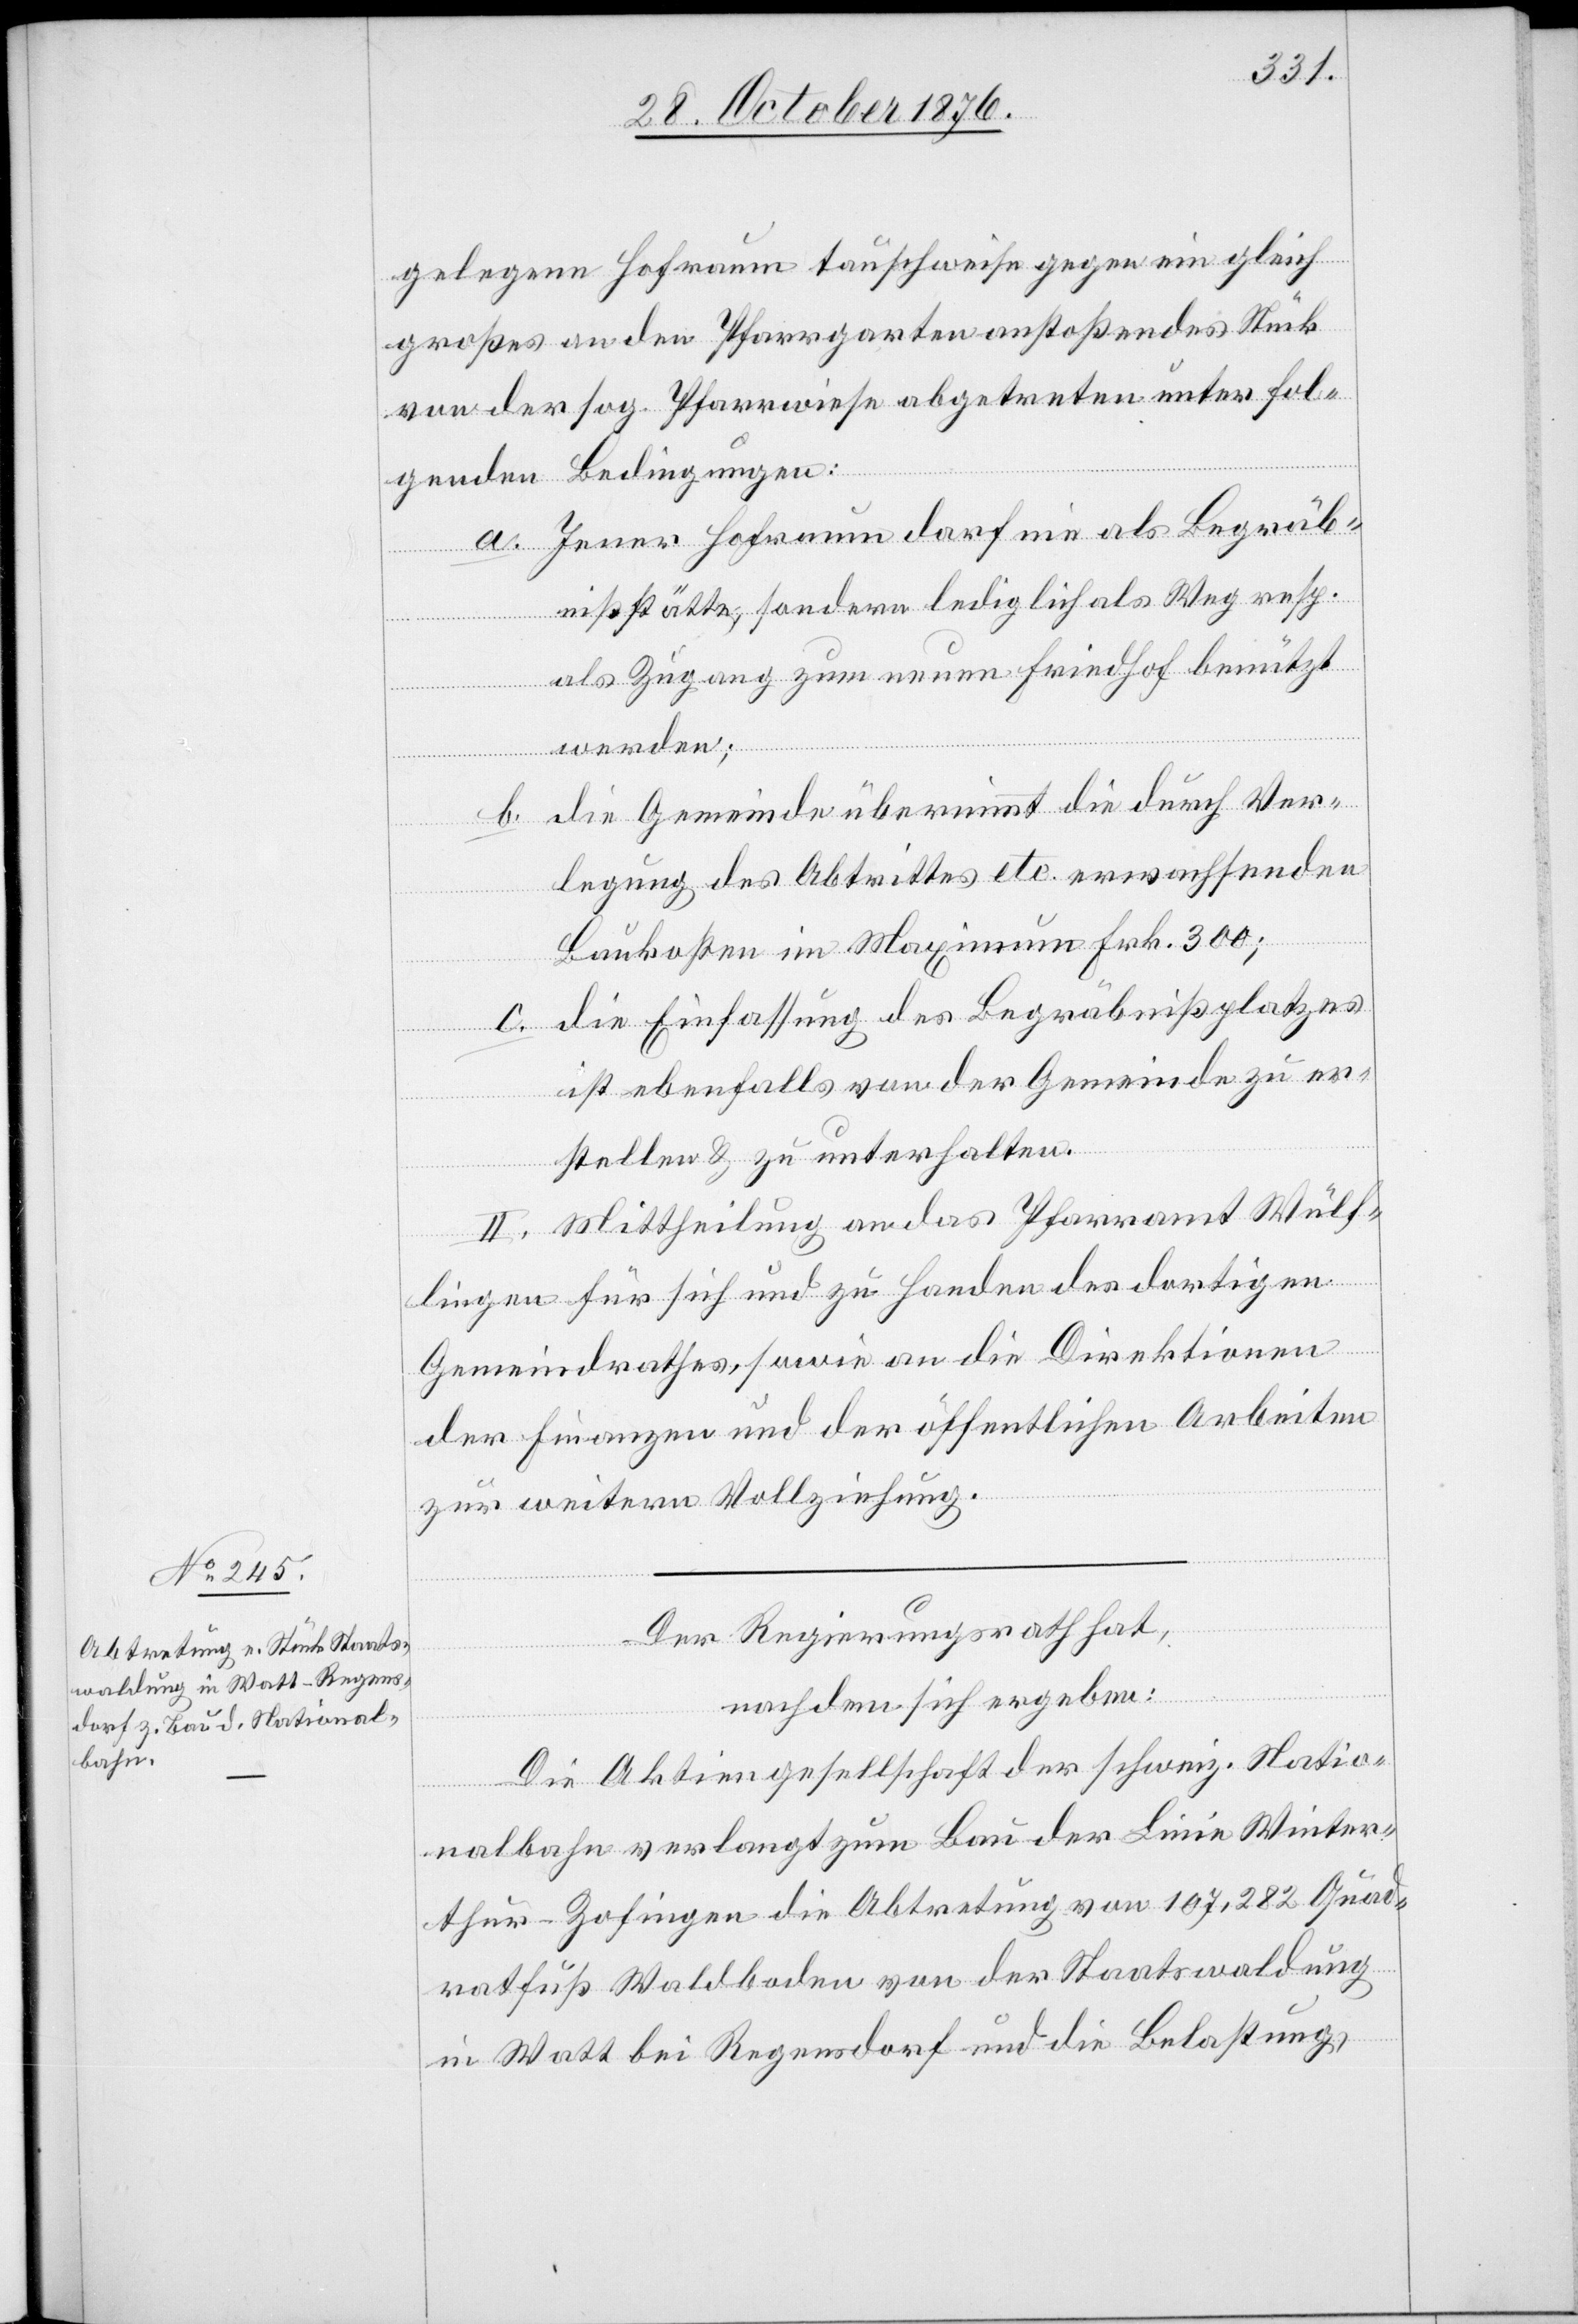
gelegene Hofraum rauschweise gegen ein gleich
großes an den Pfarrgarten anstoßendes Stück
von der sog. Pfarrwiese abgetreten unter fol¬
genden Bedingungen:
a. Jener Hofraum darf nie als Begräb¬
nißstätte, sondern lediglich als Weg resp.
als Zugang zum neuen Friedhof benützt
werden;
b. die Gemeinde übernimmt die durch Ver¬
legung des Abtrittes etc. erwachsenden
Baukosten im Maximum Frk. 300;
c. die Einfassung des Begräbnißplatzes
ist ebenfalls von der Gemeinde zu er¬
stellen & zu unterhalten.
II. Mittheilung an das Pfarramt Wülf¬
lingen für sich und zu Handen des dortigen
Gemeindrathes, sowie an die Direktion
der Finanzen und der öffentlichen Arbeiten
zur weitern Vollziehung.
Der Regierungsrath hat,
nachdem sich ergeben:
Die Aktiengesellschaft der schweiz. Natio¬
nalbahn verlangt zum Bau der Linie Winter¬
thur–Zofingen die Abtretung von 107,282 Quad¬
ratfuß Waldboden von der Staatswaldung
in Watt bei Regensdorf und die Belastung,